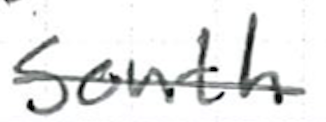
Text: south
Cross-out: single-line
Writing tool: ballpoint